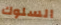
السلوك